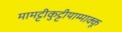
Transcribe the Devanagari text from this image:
मामट्टीकुट्टीयाम्माक्कू